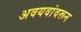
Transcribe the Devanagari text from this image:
अवयवांवरून